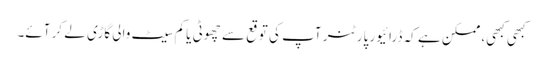
کبھی کبھی، ممکن ہے کہ ڈرائیور پارٹنر آپ کی توقع سے چھوٹی یا کم سیٹ والی گاڑی لے کر آئے۔